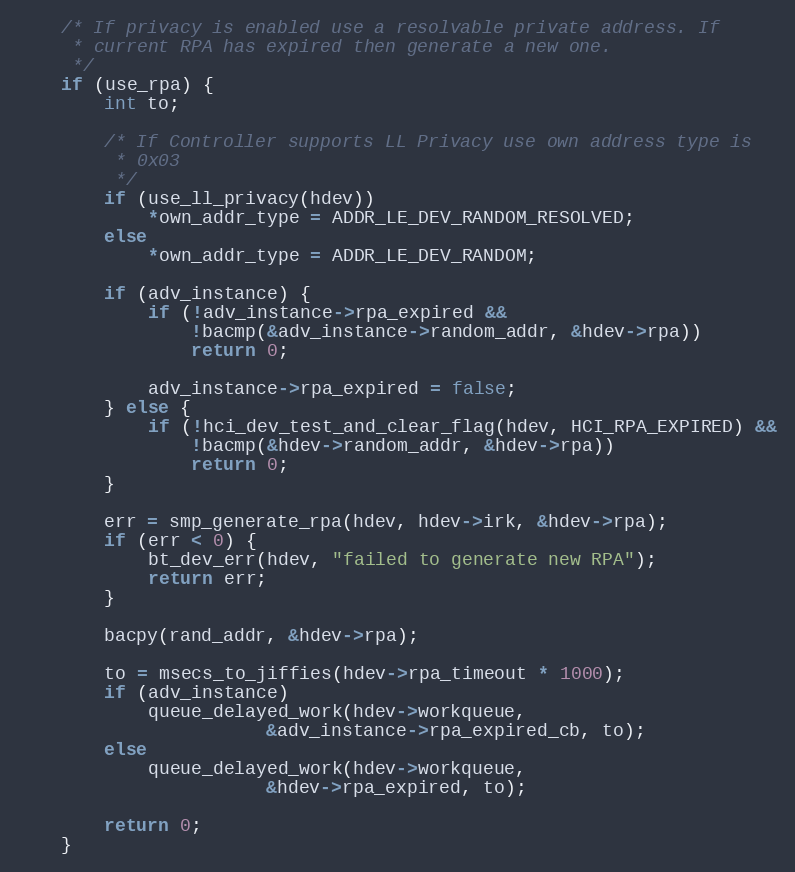
Language: C
	/* If privacy is enabled use a resolvable private address. If
	 * current RPA has expired then generate a new one.
	 */
	if (use_rpa) {
		int to;

		/* If Controller supports LL Privacy use own address type is
		 * 0x03
		 */
		if (use_ll_privacy(hdev))
			*own_addr_type = ADDR_LE_DEV_RANDOM_RESOLVED;
		else
			*own_addr_type = ADDR_LE_DEV_RANDOM;

		if (adv_instance) {
			if (!adv_instance->rpa_expired &&
			    !bacmp(&adv_instance->random_addr, &hdev->rpa))
				return 0;

			adv_instance->rpa_expired = false;
		} else {
			if (!hci_dev_test_and_clear_flag(hdev, HCI_RPA_EXPIRED) &&
			    !bacmp(&hdev->random_addr, &hdev->rpa))
				return 0;
		}

		err = smp_generate_rpa(hdev, hdev->irk, &hdev->rpa);
		if (err < 0) {
			bt_dev_err(hdev, "failed to generate new RPA");
			return err;
		}

		bacpy(rand_addr, &hdev->rpa);

		to = msecs_to_jiffies(hdev->rpa_timeout * 1000);
		if (adv_instance)
			queue_delayed_work(hdev->workqueue,
					   &adv_instance->rpa_expired_cb, to);
		else
			queue_delayed_work(hdev->workqueue,
					   &hdev->rpa_expired, to);

		return 0;
	}